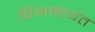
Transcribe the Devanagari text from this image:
विभक्त्यंत